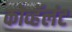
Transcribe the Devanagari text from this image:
कोव्हॅलंट